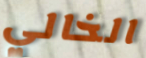
الخالي